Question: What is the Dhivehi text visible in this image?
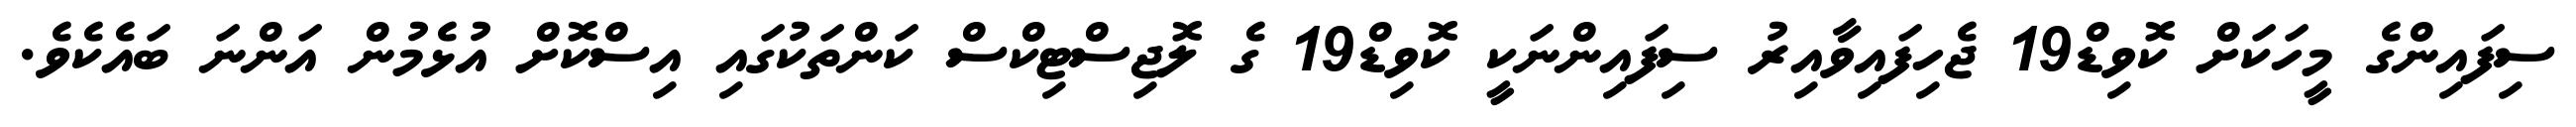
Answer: ސިފައިންގެ މީހަކަށް ކޮވިޑް19 ޖެހިފައިވާއިރު ސިފައިންނަކީ ކޮވިޑް19 ގެ ލޮޖިސްޓިކްސް ކަންތަކުގައި އިސްކޮށް އުޅެމުން އަންނަ ބައެކެވެ.